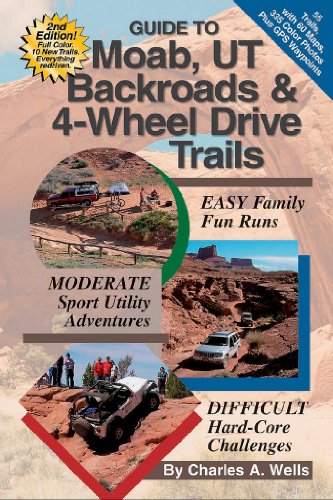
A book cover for Guide To Moab, UT Backroads & 4-Wheel Drive Trails (2nd Edition); Charles A. Wells; Reference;